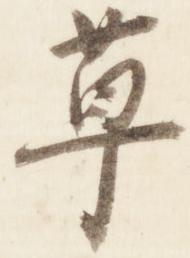
草